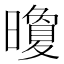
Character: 𪱏